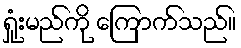
ရှုံးမည်ကို ကြောက်သည်။